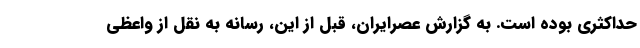
حداکثری بوده است. به گزارش عصرایران، قبل از این، رسانه به نقل از واعظی